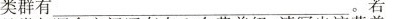
类群有_____ 。